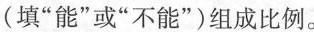
(填”能”或”不能”)组成比例。